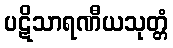
ပဋိသာရဏီယသုတ္တံ